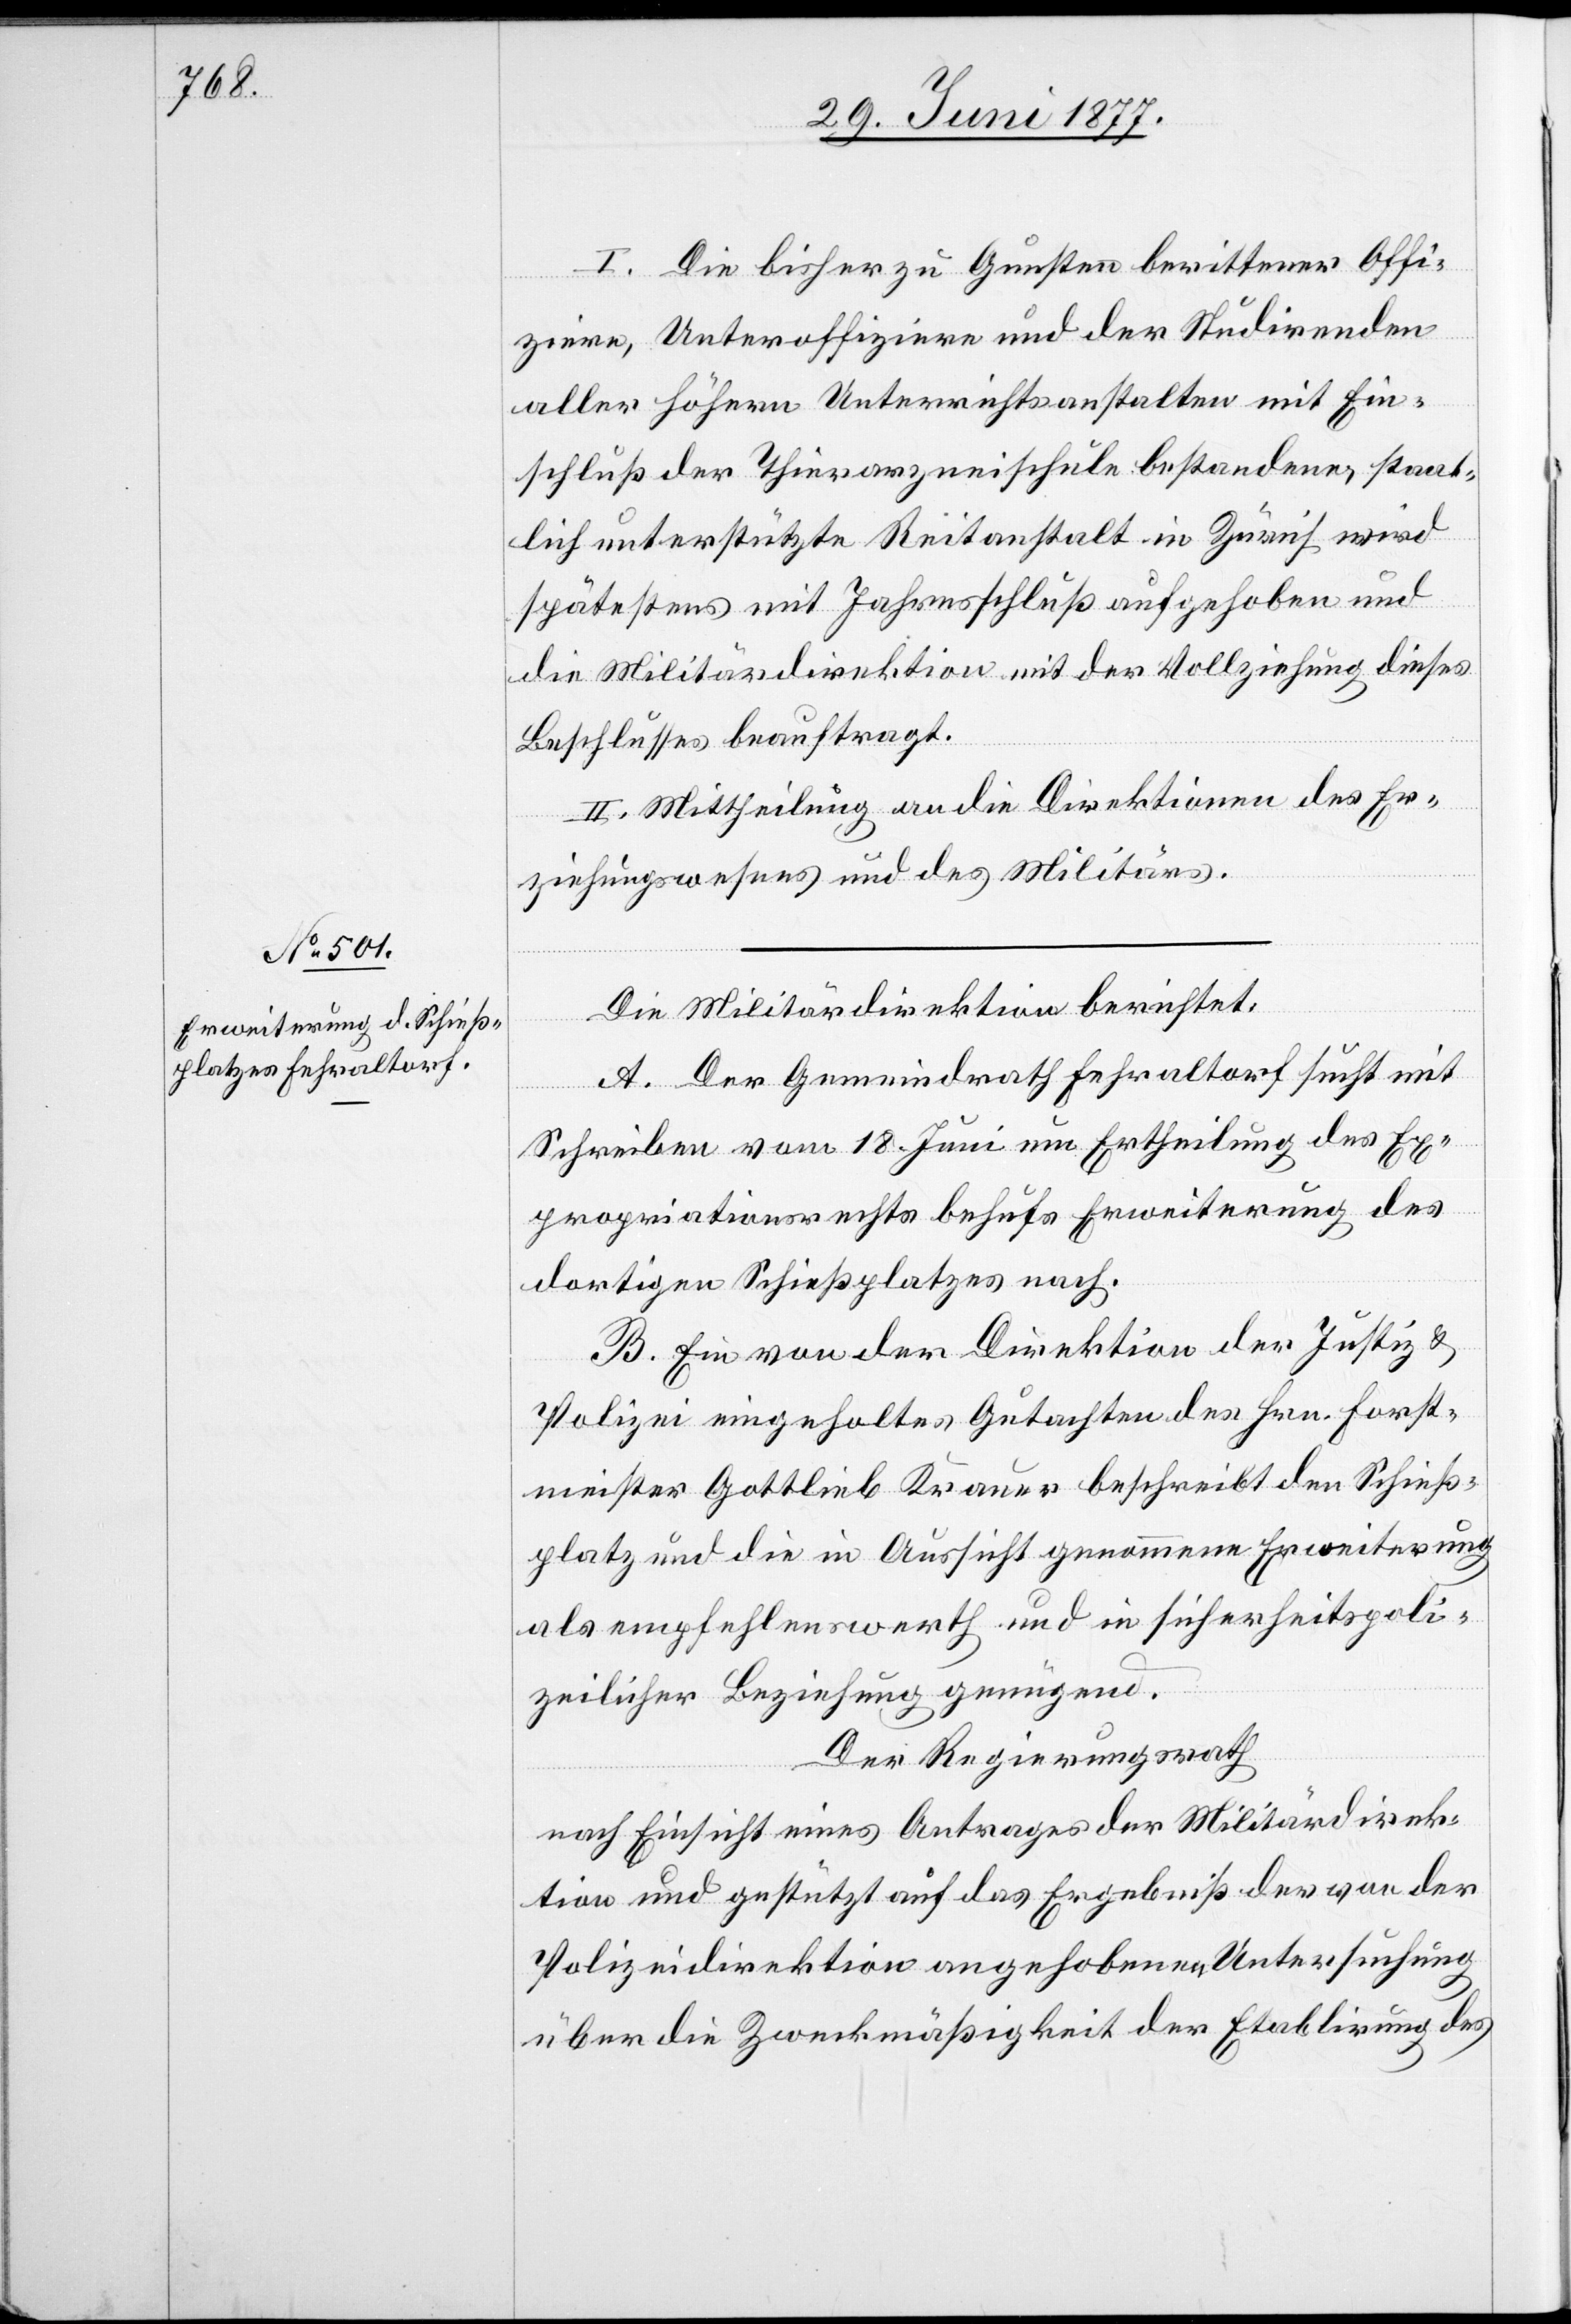
I. Die bisher zu Gunsten berittener Offi¬
ziere, Unteroffiziere und der Studirenden
aller höhern Unterrichtsanstalten mit Ein¬
schluß der Thierarzneischule bestandene, staat¬
lich unterstützte Reitanstalt in Zürich wird
spätestens mit Jahresschluß aufgehoben und
die Militärdirektion mit der Vollziehung dieses
Beschlusses beauftragt.
II. Mittheilung an die Direktionen des Er¬
ziehungswesens und des Militärs.
Die Militärdirektion berichtet:
A. Der Gemeindrath Fehraltorf sucht mit
Schreiben vom 18. Juni um Ertheilung des Ex¬
propriationsrechts behufs Erweiterung des
dortigen Schießplatzes nach.
B. Ein von der Direktion der Justiz &
Polizei eingeholtes Gutachten des Hrn. Forst¬
meister Gottlieb Krauer beschreibt den Schieß¬
platz und die in Aussicht genommene Erweiterung
als empfehlenswert und in sicherheitspoli¬
zeilicher Beziehung genügend.
Der Regierungsrath,
nach Einsicht eines Antrages der Militärdirek¬
tion und gestützt auf das Ergebniß der von der
Polizeidirektion angehobenen Untersuchung
über die Zweckmäßigkeit der Etablirung des